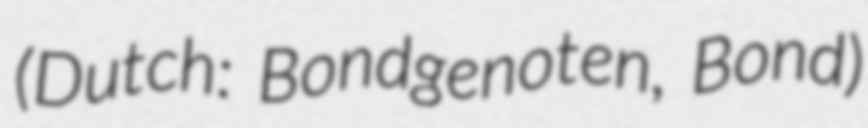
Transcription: (Dutch: Bondgenoten, Bond)